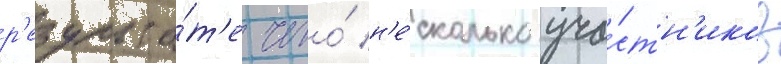
р'езульта́т'е чего́ н'е́сколько уча́стн'иков